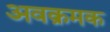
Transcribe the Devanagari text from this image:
अवक्रमक